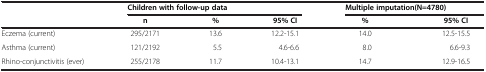
| <ROWSPAN=2>  | <COLSPAN=3> Children with follow-up data | <COLSPAN=2> Multiple imputation(N=4780) |
 | n | % | 95% CI | % | 95% CI |
 | --- | --- | --- | --- | --- | --- |
 | Eczema (current) | 295/2171 | 13.6 | 12.2-15.1 | 14.0 | 12.5-15.5 |
 | Asthma (current) | 121/2192 | 5.5 | 4.6-6.6 | 8.0 | 6.6-9.3 |
 | Rhino-conjunctivitis (ever) | 255/2178 | 11.7 | 10.4-13.1 | 14.7 | 12.9-16.5 |